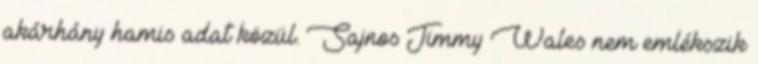
akárhány hamis adat közül. Sajnos Jimmy Wales nem emlékszik